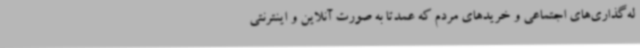
له‌گذاری‌های اجتماعی و خریدهای مردم که عمدتا به صورت آنلاین و اینترنتی